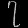
Digit: ၇